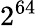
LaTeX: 2^{64}